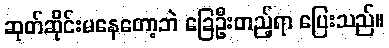
ဆုတ်ဆိုင်းမနေတော့ဘဲ ခြေဦးတည့်ရာ ပြေးသည်။